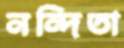
নন্দিতা